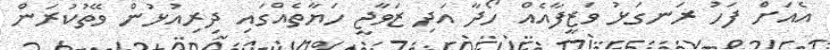
އެއަށް ފަހު ރަނގަޅު ވަޒީފާއެއް ހޯދާ އަދި ޒަވާޖީ ހަޔާތެއްގައި ދިރިއުޅުން ވޭތުކުރަން